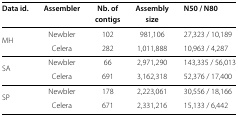
<table><thead><tr><td><b>Data id.</b></td><td><b>Assembler</b></td><td><b>Nb. of</b></td><td><b>Assembly</b></td><td><b>N50 / N80</b></td></tr><tr><td><b> </b></td><td><b> </b></td><td><b>contigs</b></td><td><b>size</b></td><td><b> </b></td></tr></thead><tbody><tr><td>MH</td><td>Newbler</td><td>102</td><td>981,106</td><td>27,323 / 10,189</td></tr><tr><td> </td><td>Celera</td><td>282</td><td>1,011,888</td><td>10,963 / 4,287</td></tr><tr><td>SA</td><td>Newbler</td><td>66</td><td>2,971,290</td><td>143,335 / 56,013</td></tr><tr><td> </td><td>Celera</td><td>691</td><td>3,162,318</td><td>52,376 / 17,400</td></tr><tr><td>SP</td><td>Newbler</td><td>178</td><td>2,223,061</td><td>30,556 / 18,166</td></tr><tr><td> </td><td>Celera</td><td>671</td><td>2,331,216</td><td>15,133 / 6,442</td></tr></tbody></table>